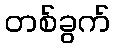
တစ်ခွက်